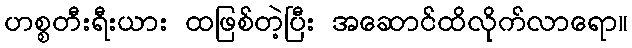
ဟစ္စတီးရီးယား ထဖြစ်တဲ့ပြီး အဆောင်ထိလိုက်လာရော။